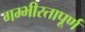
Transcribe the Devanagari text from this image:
गम्भीरतापूर्ण